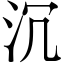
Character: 沉